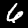
Digit: 6